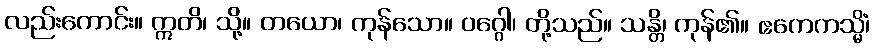
လည်းကောင်း။ ဣတိ၊ သို့။ တယော၊ ကုန်သော။ ဝဂ္ဂေါ၊ တို့သည်။ သန္တိ၊ ကုန်၏။ ဧကေကသ္မိံ၊